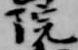
院